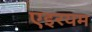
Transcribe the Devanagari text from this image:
एइरयम